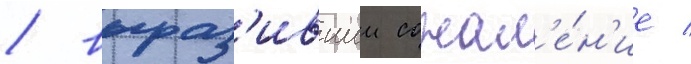
/ выраз'ившии сожал'е́н'ие /